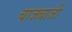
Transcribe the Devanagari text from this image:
बाजबाजी